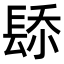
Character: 𨲁